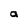
Character: a